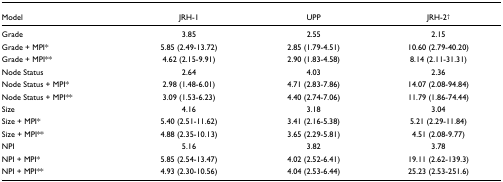
<table><thead><tr><td><b>Model</b></td><td><b>JRH-1</b></td><td><b>UPP</b></td><td><b>JRH-2<sup>†</sup></b></td></tr></thead><tbody><tr><td>Grade</td><td>3.85</td><td>2.55</td><td>2.15</td></tr><tr><td>Grade + MPI*</td><td>5.85 (2.49-13.72)</td><td>2.85 (1.79-4.51)</td><td>10.60 (2.79-40.20)</td></tr><tr><td>Grade + MPI**</td><td>4.62 (2.15-9.91)</td><td>2.90 (1.83-4.58)</td><td>8.14 (2.11-31.31)</td></tr><tr><td>Node Status</td><td>2.64</td><td>4.03</td><td>2.36</td></tr><tr><td>Node Status + MPI*</td><td>2.98 (1.48-6.01)</td><td>4.71 (2.83-7.86)</td><td>14.07 (2.08-94.84)</td></tr><tr><td>Node Status + MPI**</td><td>3.09 (1.53-6.23)</td><td>4.40 (2.74-7.06)</td><td>11.79 (1.86-74.44)</td></tr><tr><td>Size</td><td>4.16</td><td>3.18</td><td>3.04</td></tr><tr><td>Size + MPI*</td><td>5.40 (2.51-11.62)</td><td>3.41 (2.16-5.38)</td><td>5.21 (2.29-11.84)</td></tr><tr><td>Size + MPI**</td><td>4.88 (2.35-10.13)</td><td>3.65 (2.29-5.81)</td><td>4.51 (2.08-9.77)</td></tr><tr><td>NPI</td><td>5.16</td><td>3.82</td><td>3.78</td></tr><tr><td>NPI + MPI*</td><td>5.85 (2.54-13.47)</td><td>4.02 (2.52-6.41)</td><td>19.11 (2.62-139.3)</td></tr><tr><td>NPI + MPI**</td><td>4.93 (2.30-10.56)</td><td>4.04 (2.53-6.44)</td><td>25.23 (2.53-251.6)</td></tr></tbody></table>